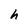
Character: h